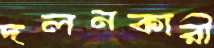
দলনকারী